Bréfritari: Jóhannes Halldórsson
Dagsetning: A-1876-01-26
Skrifað á: Vesturheimi

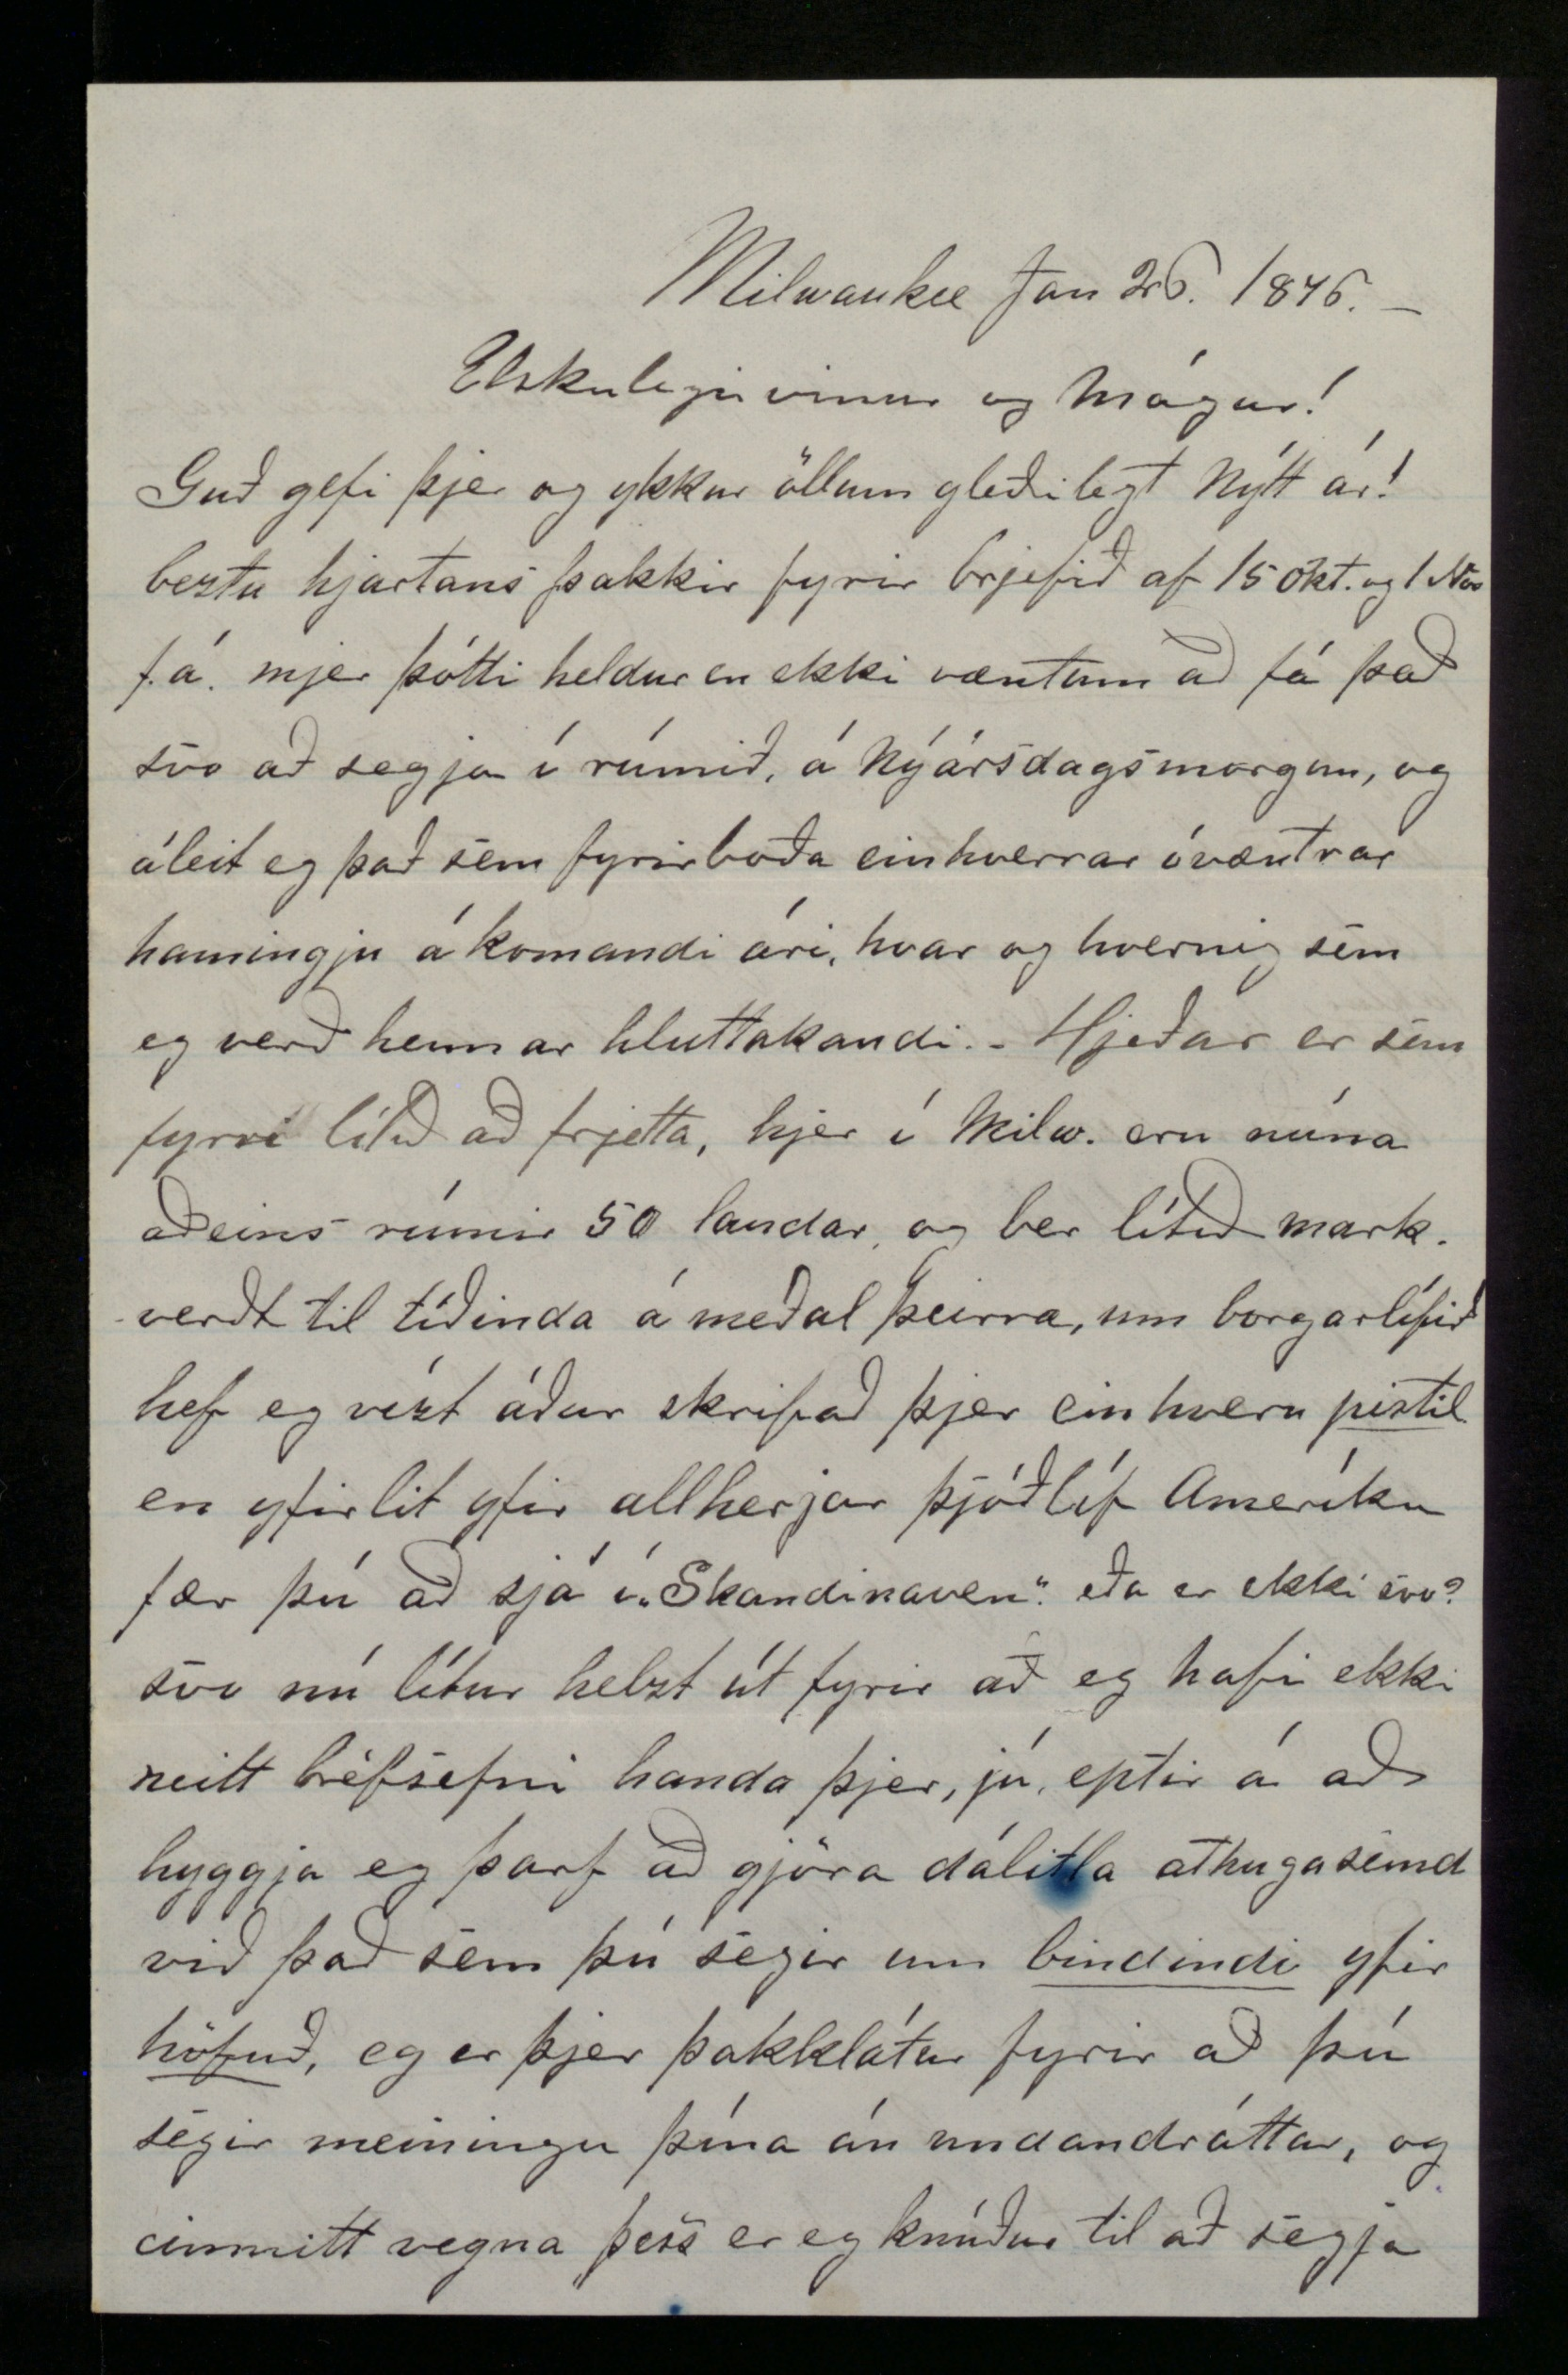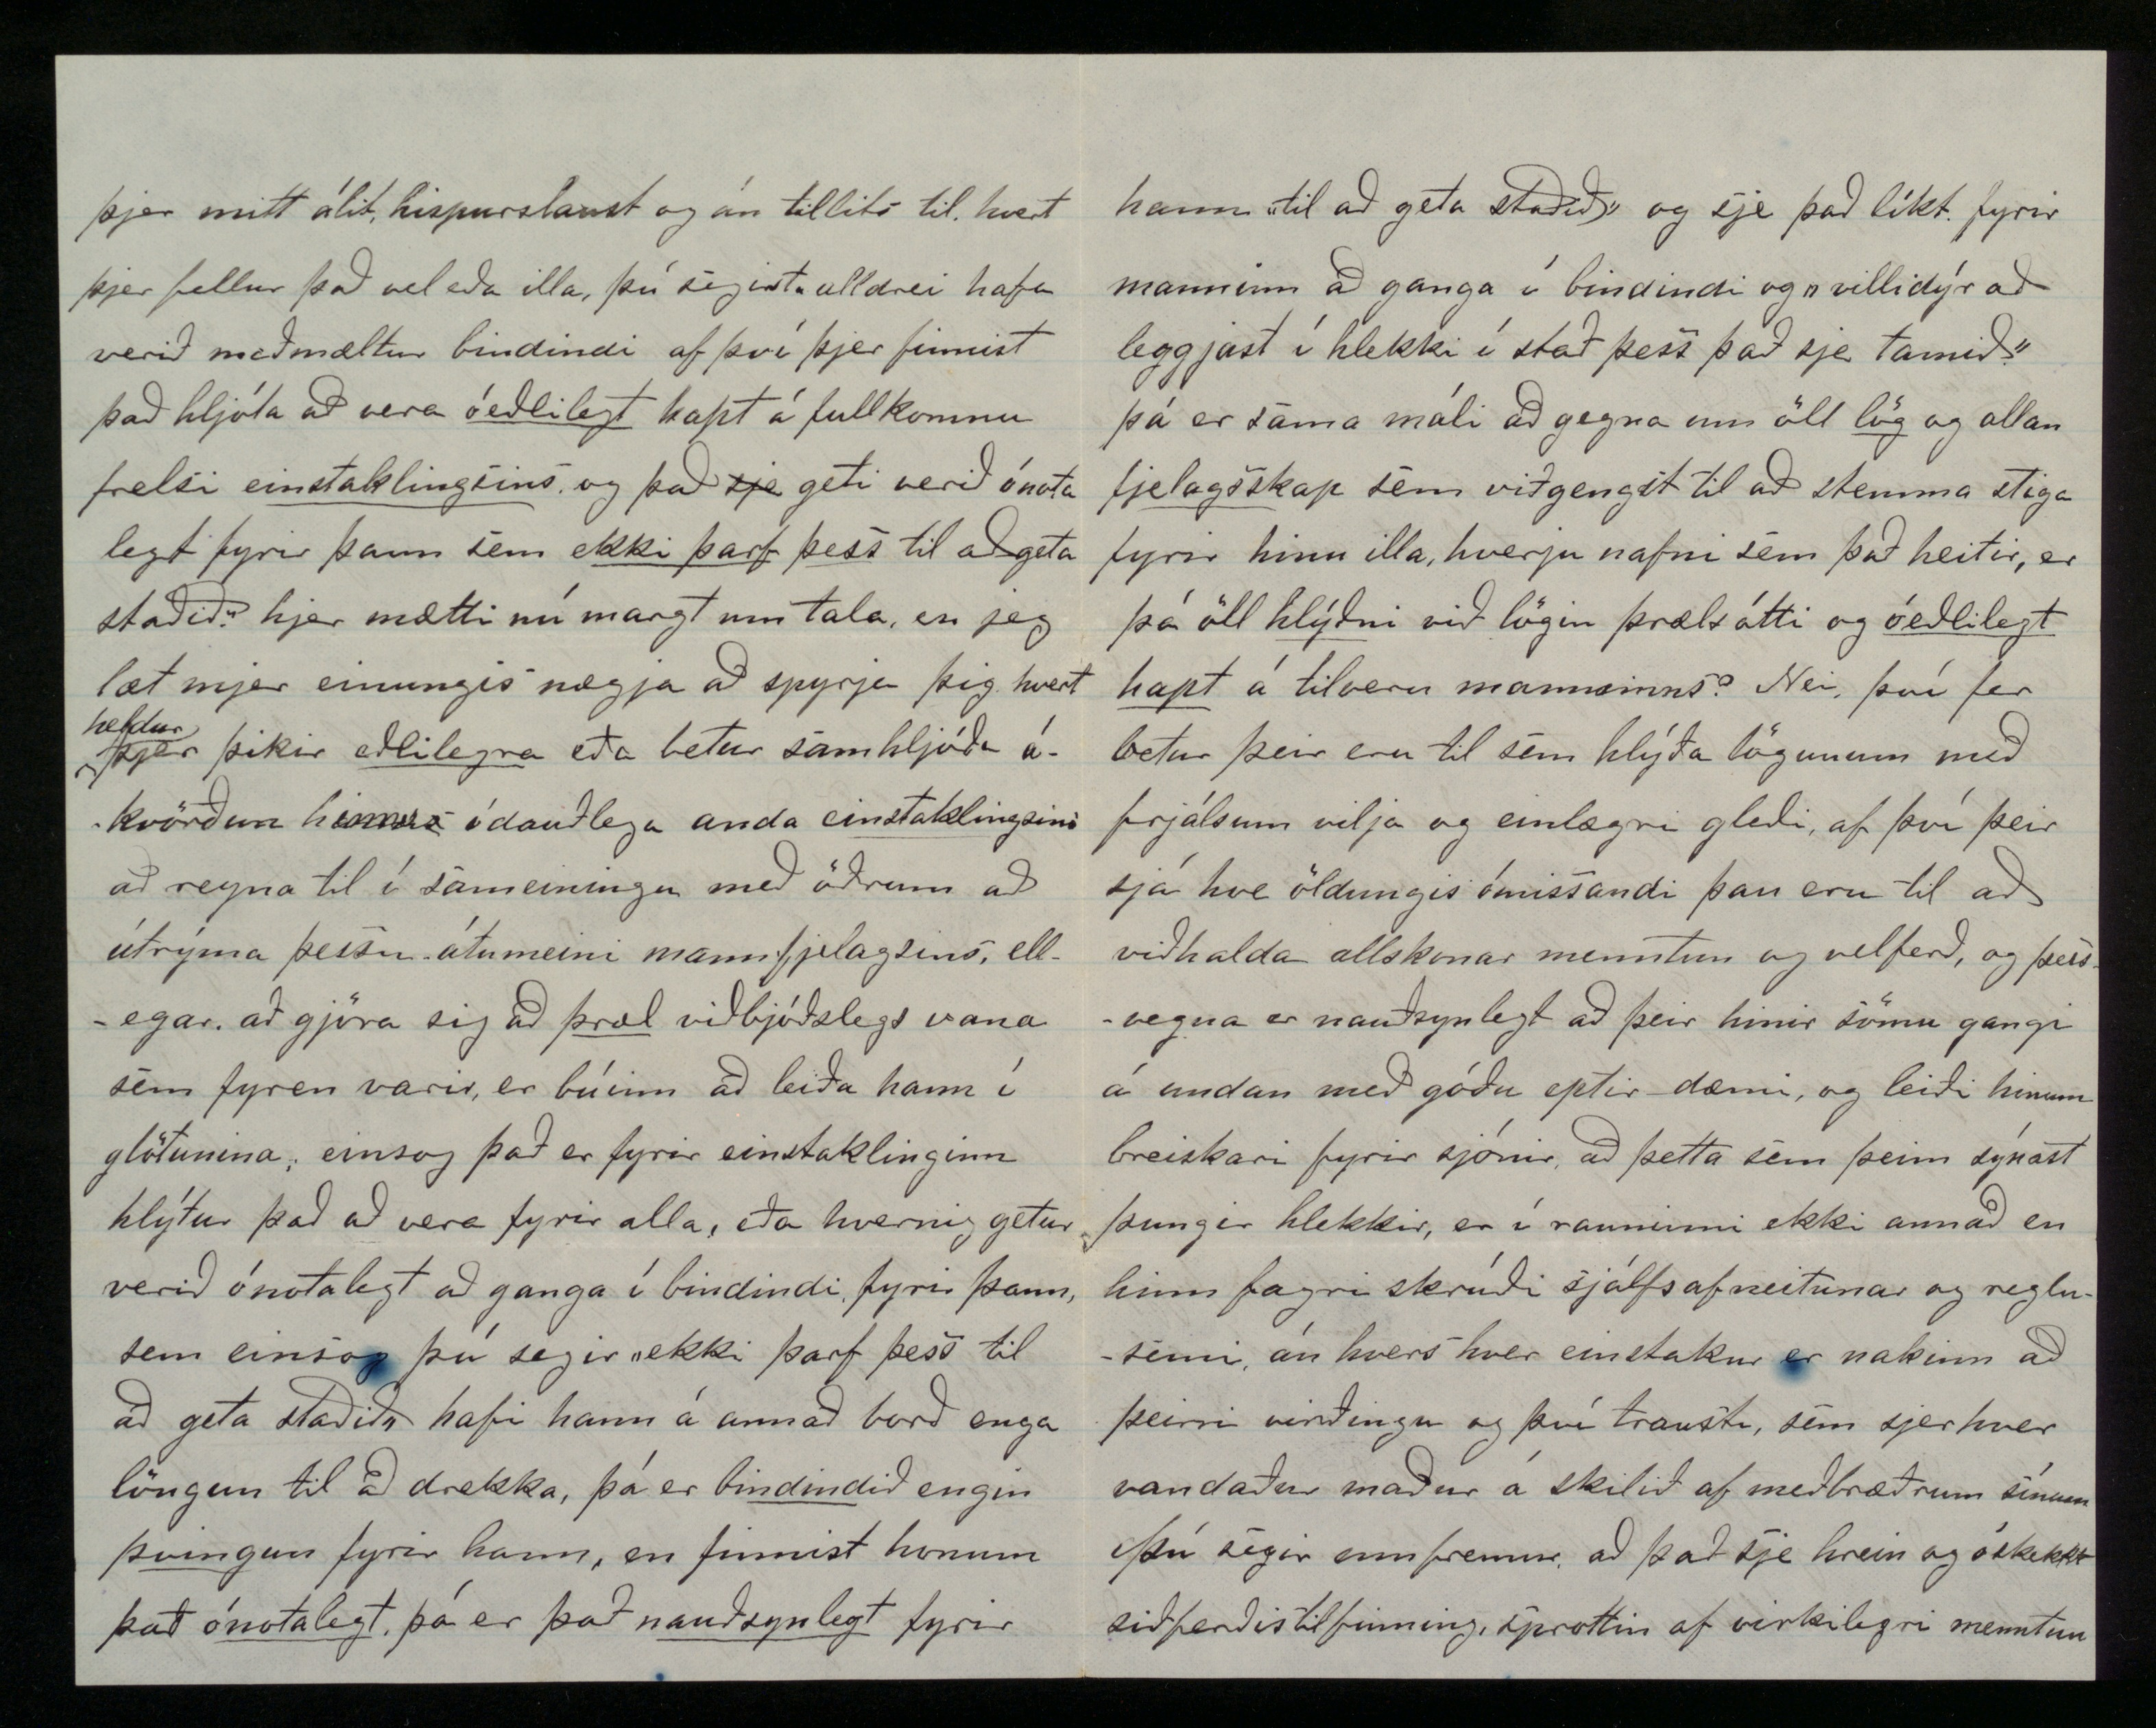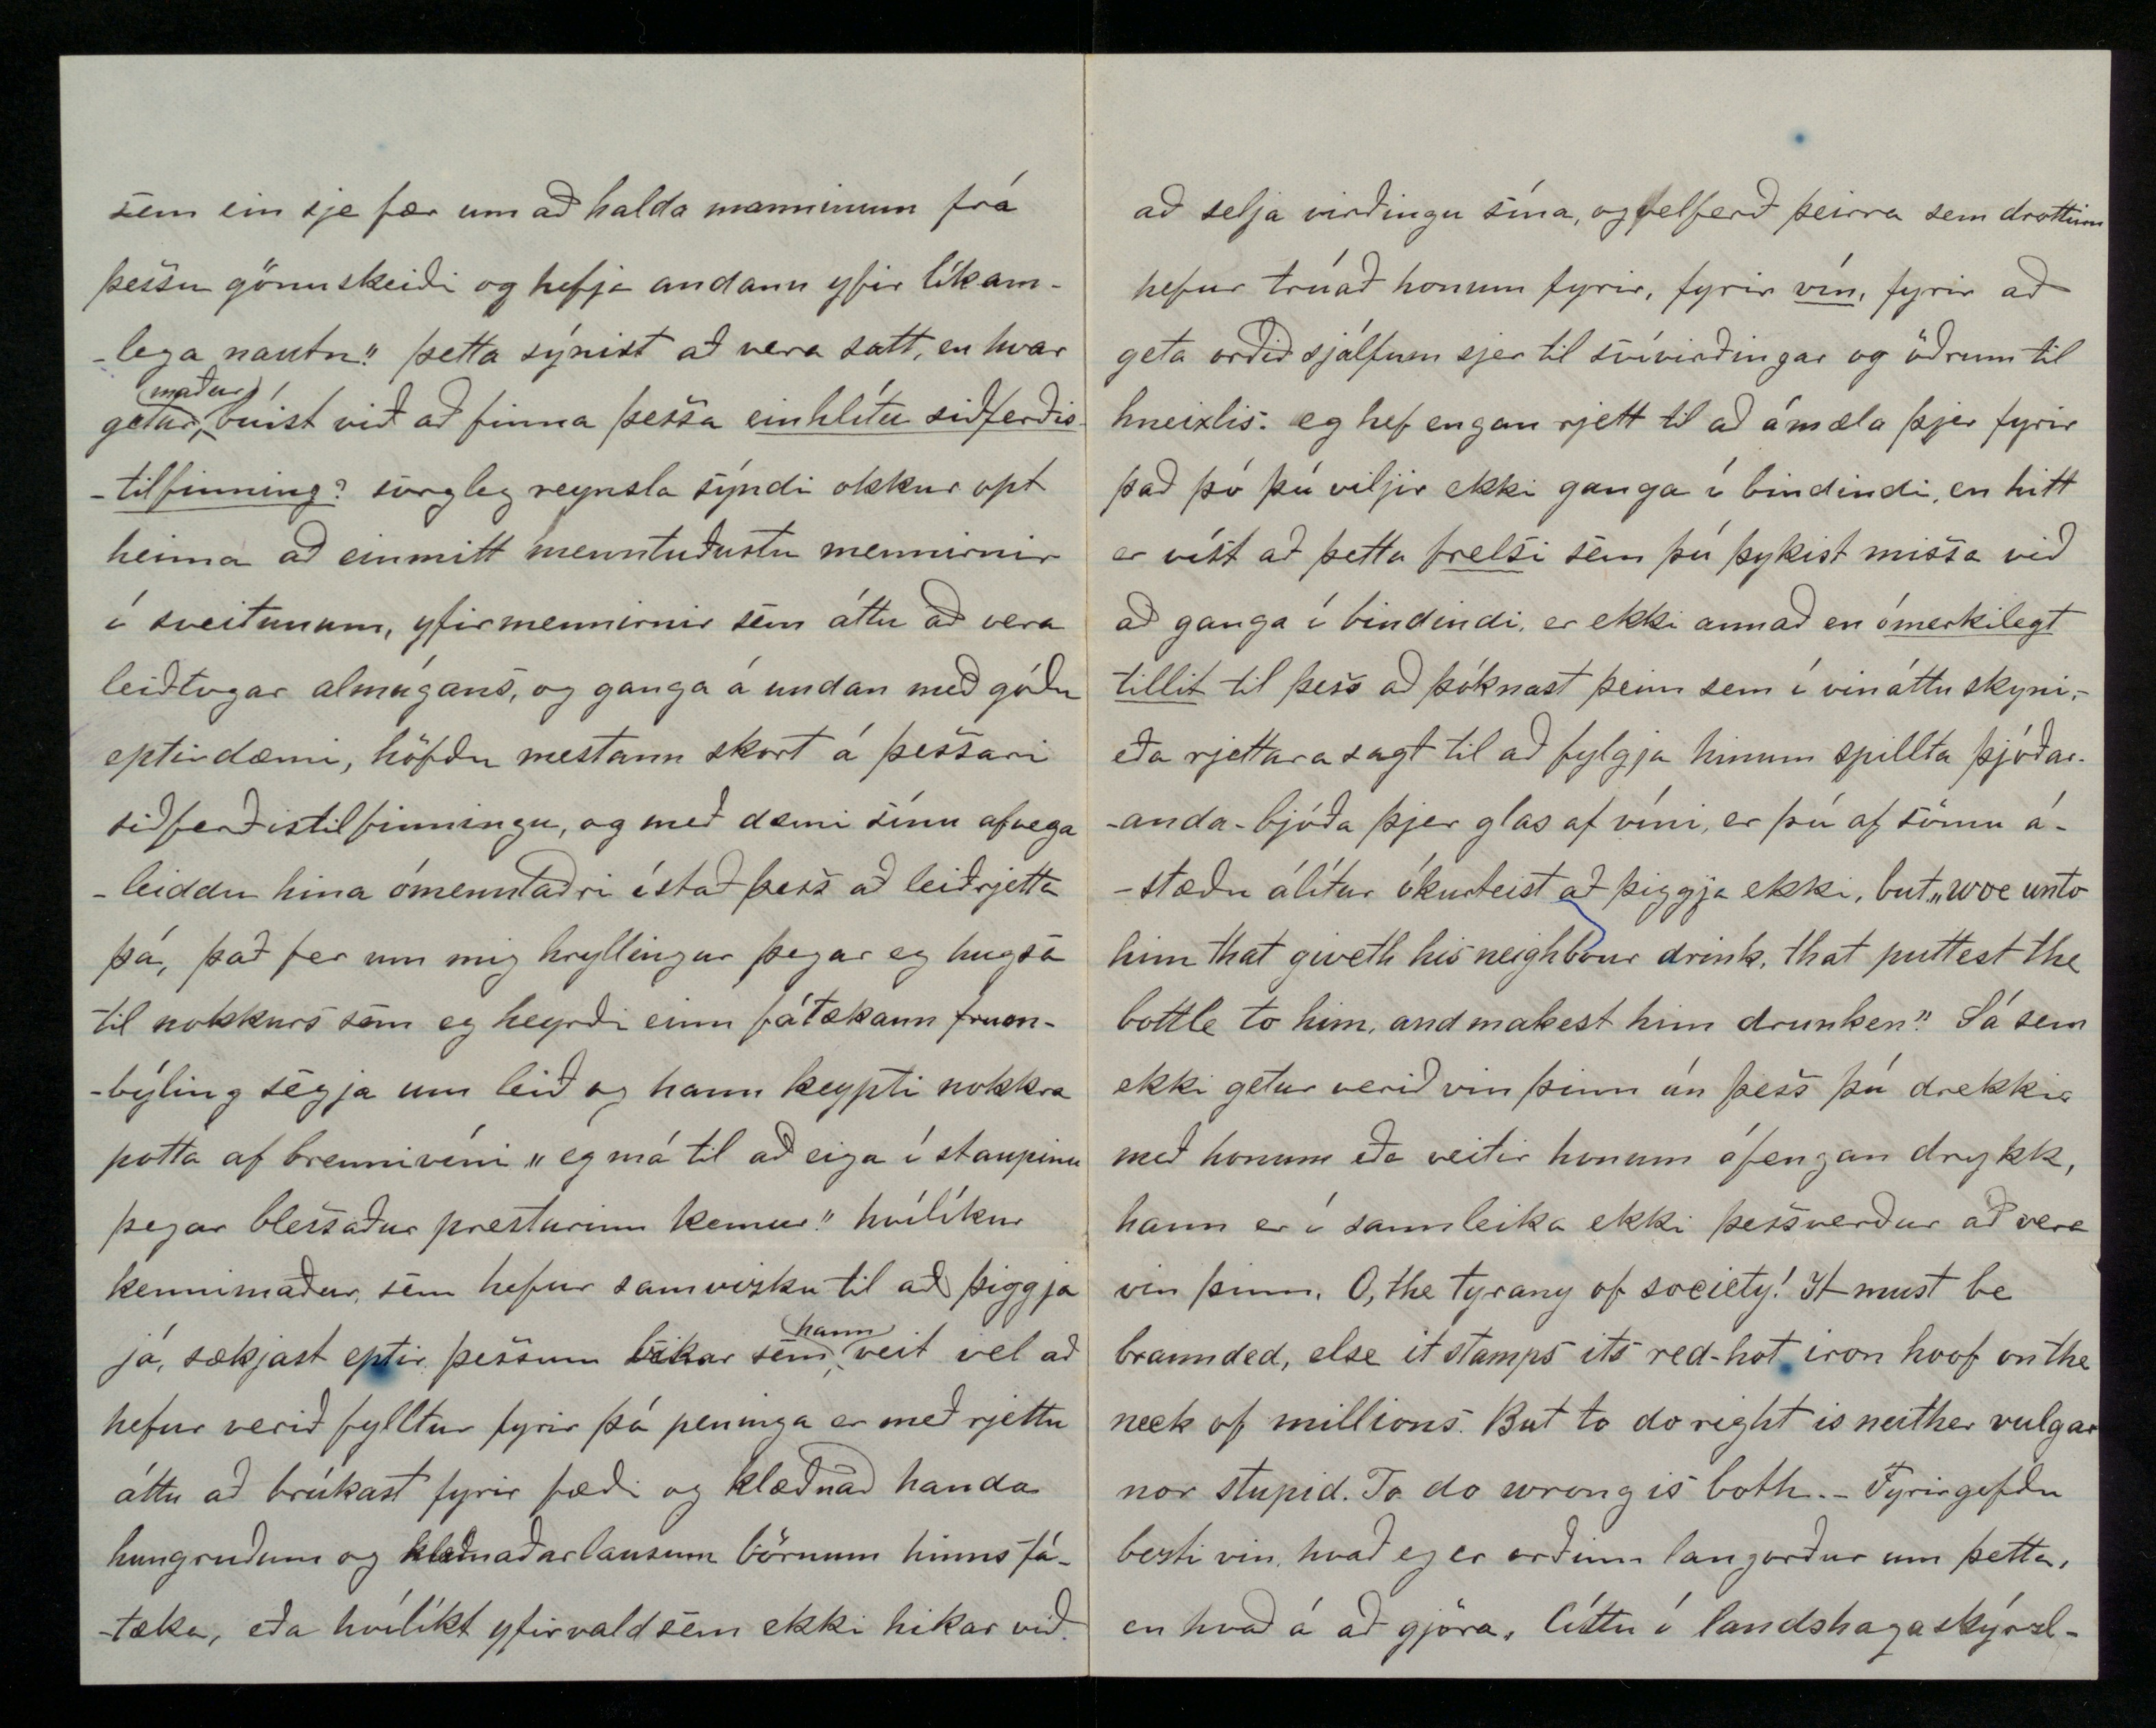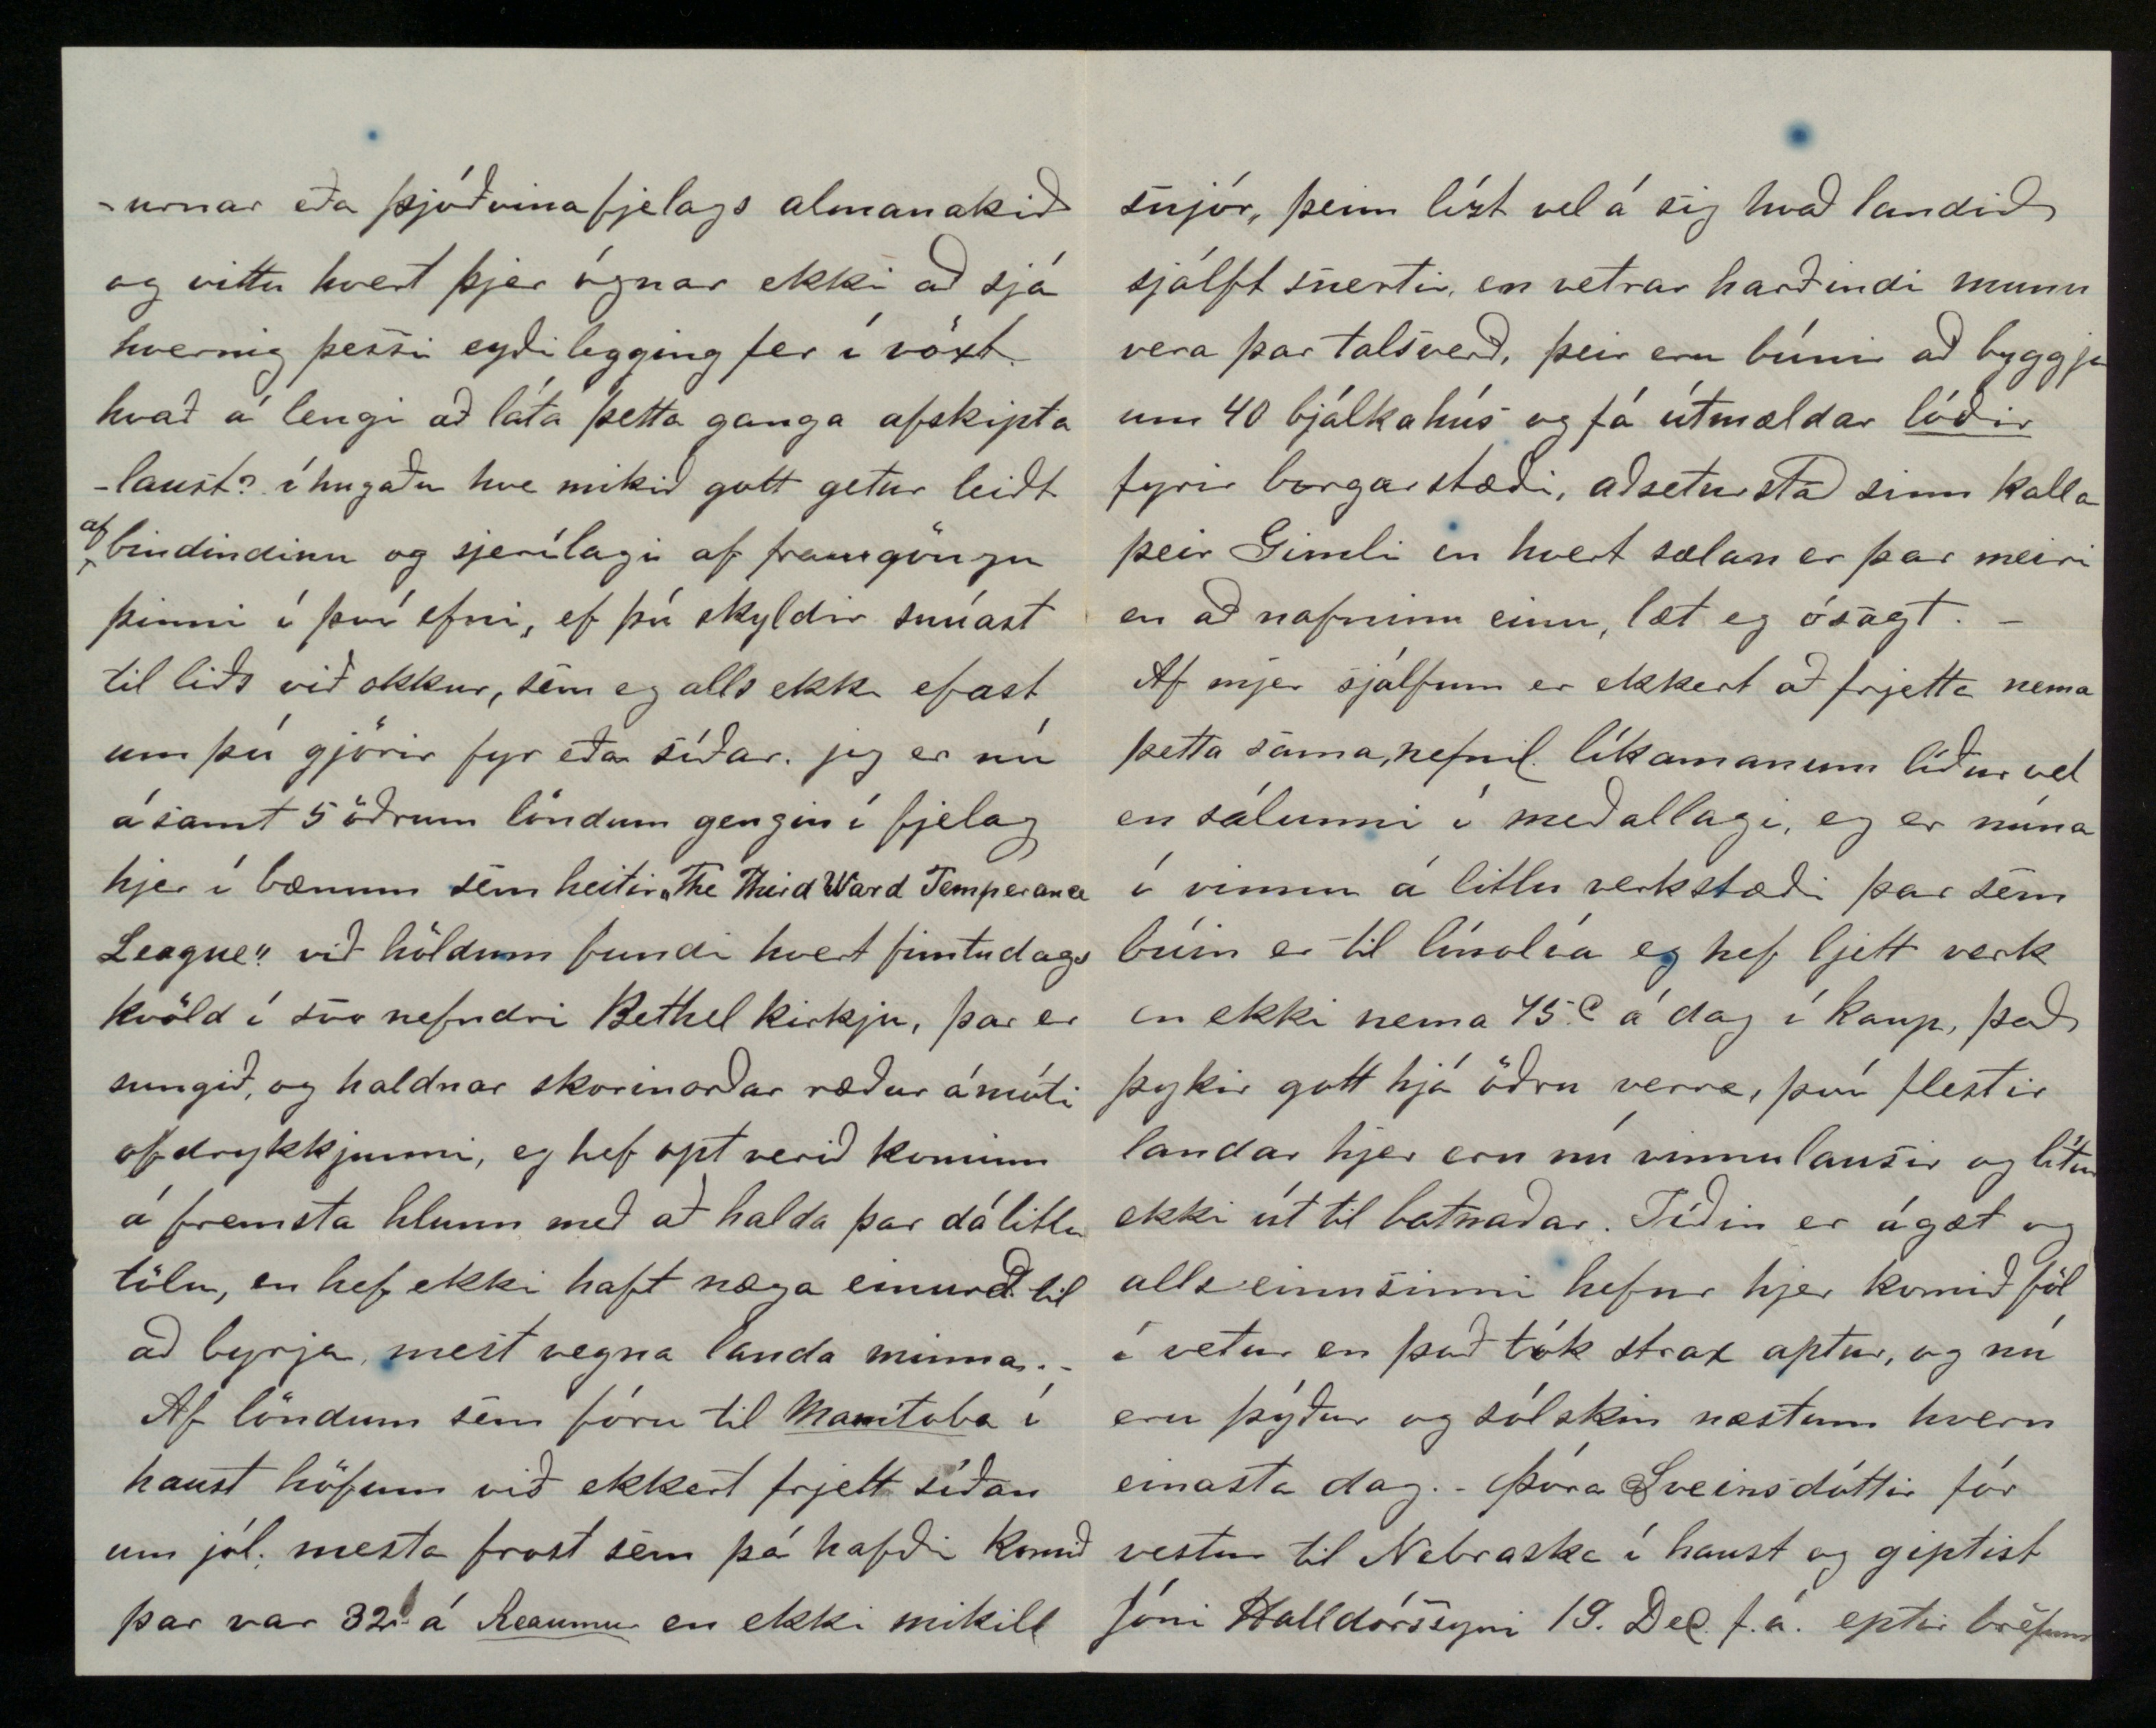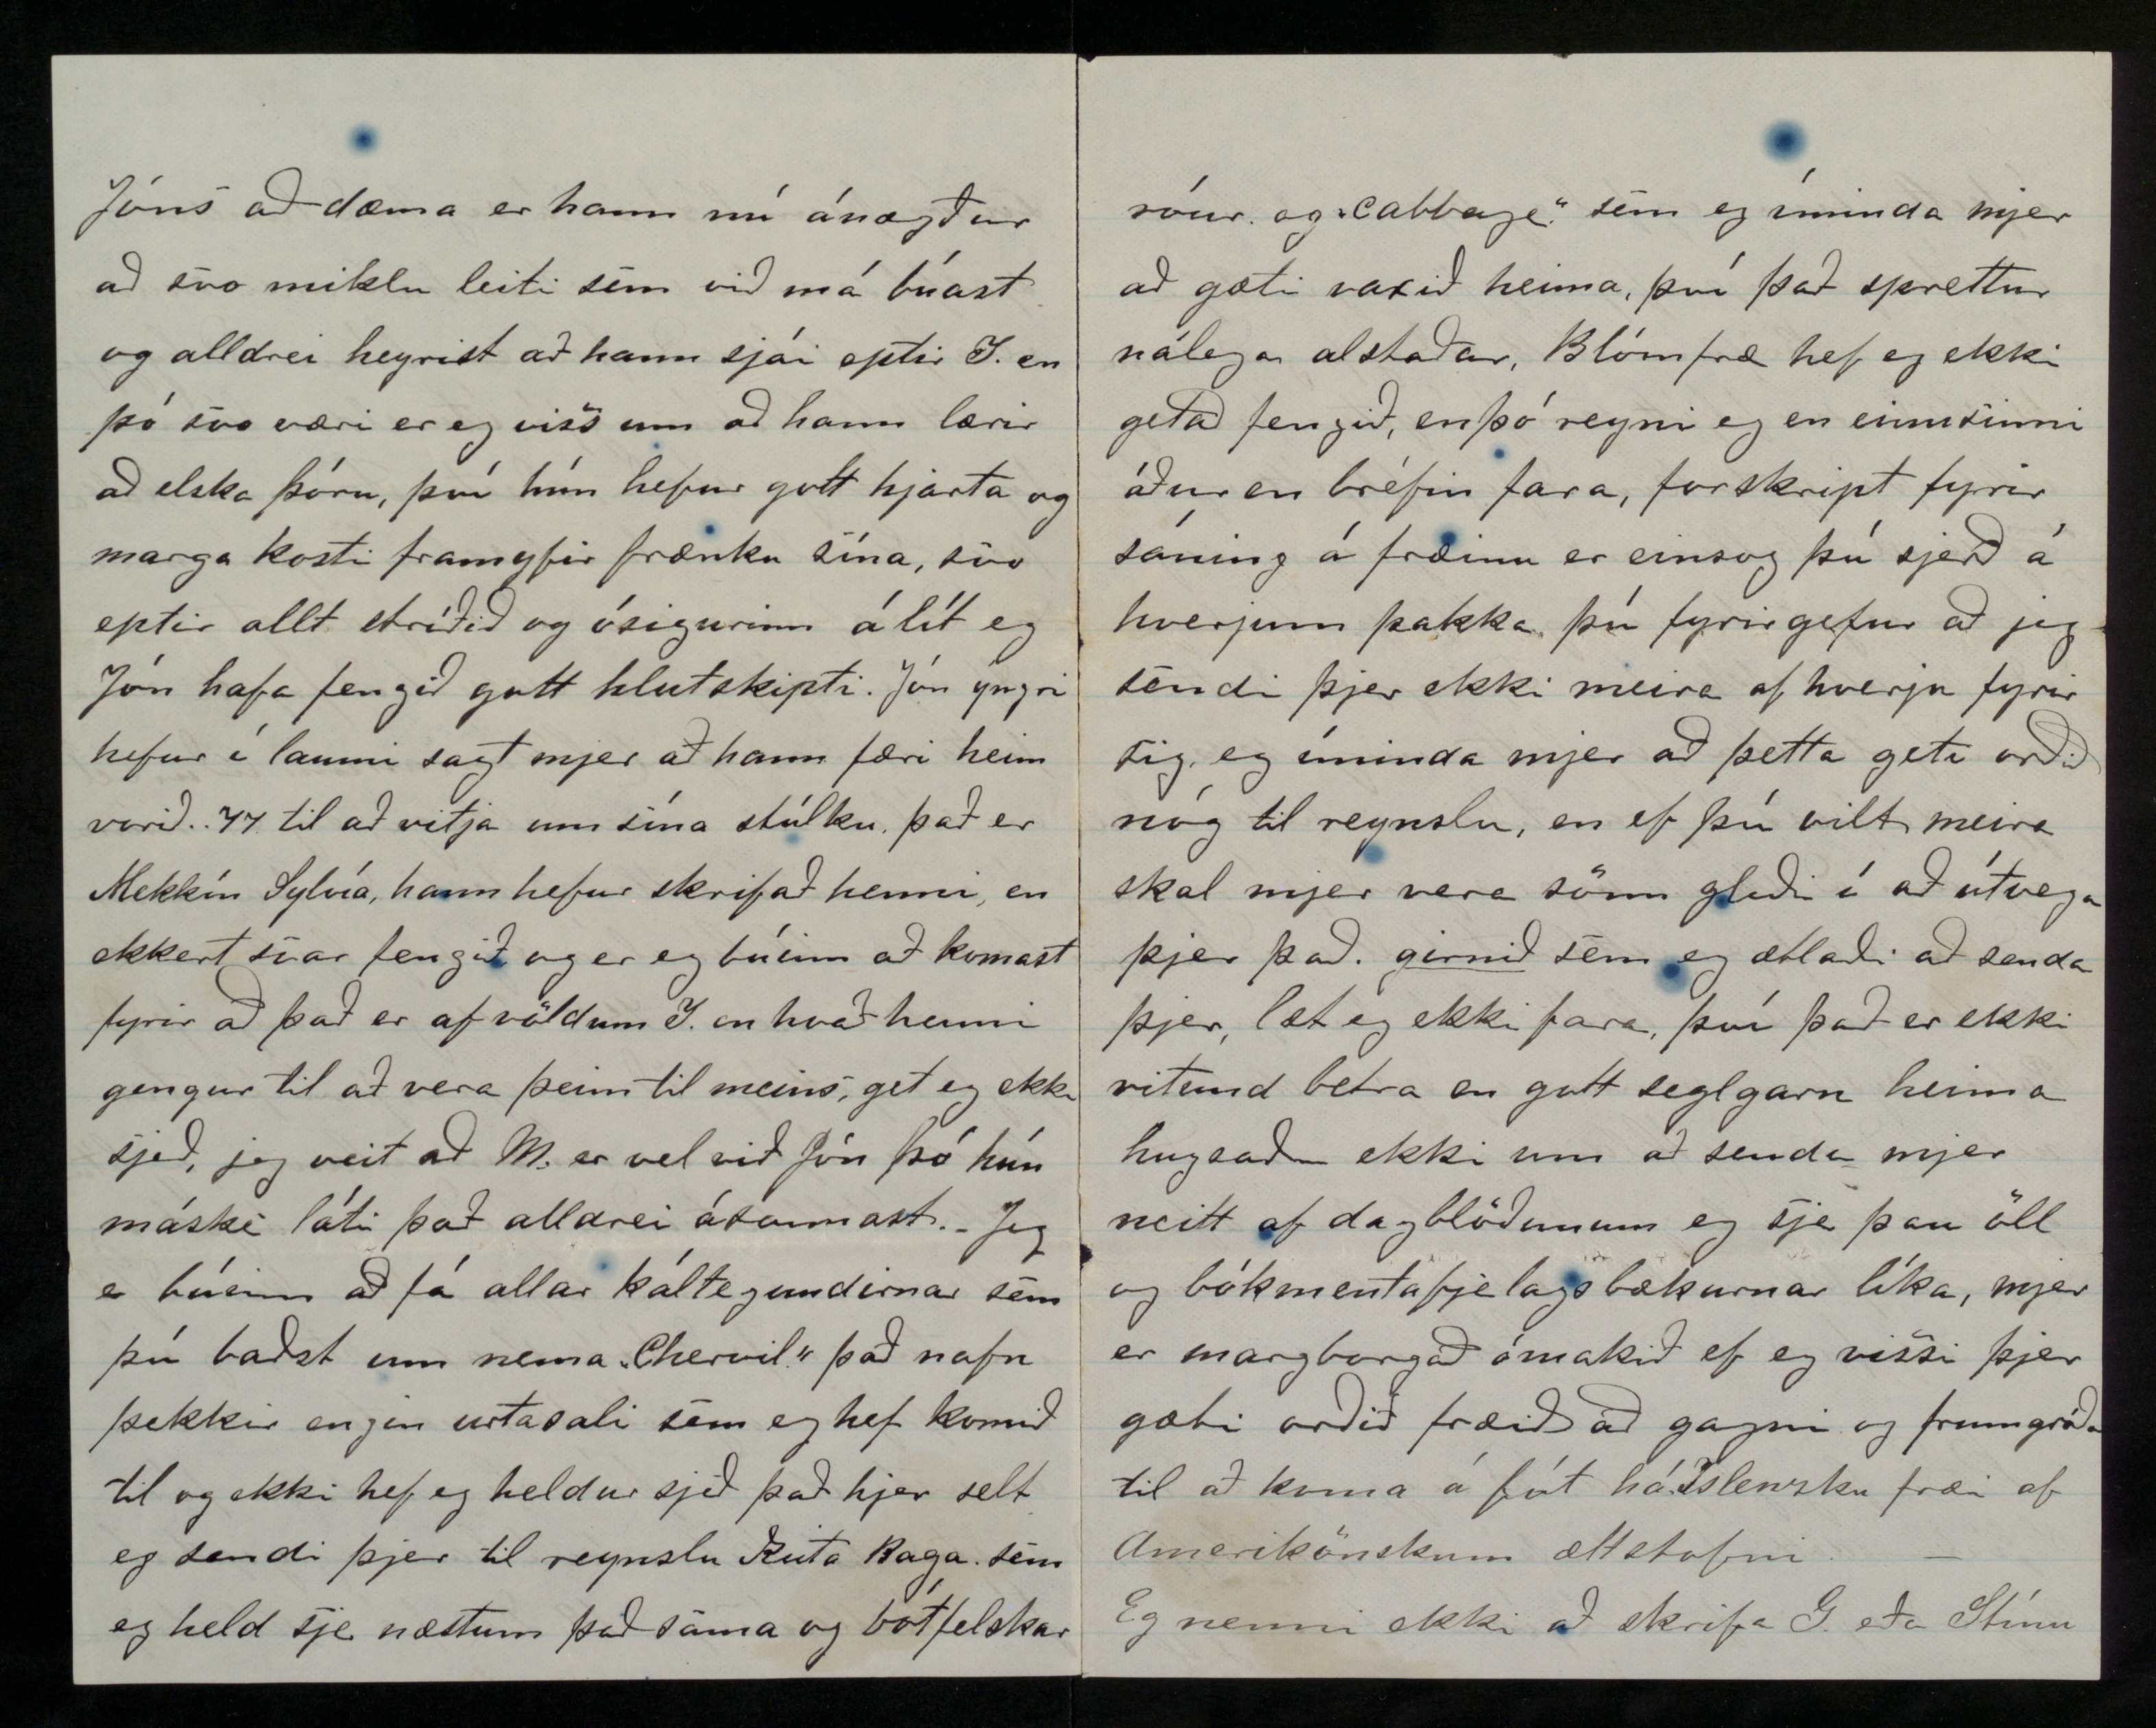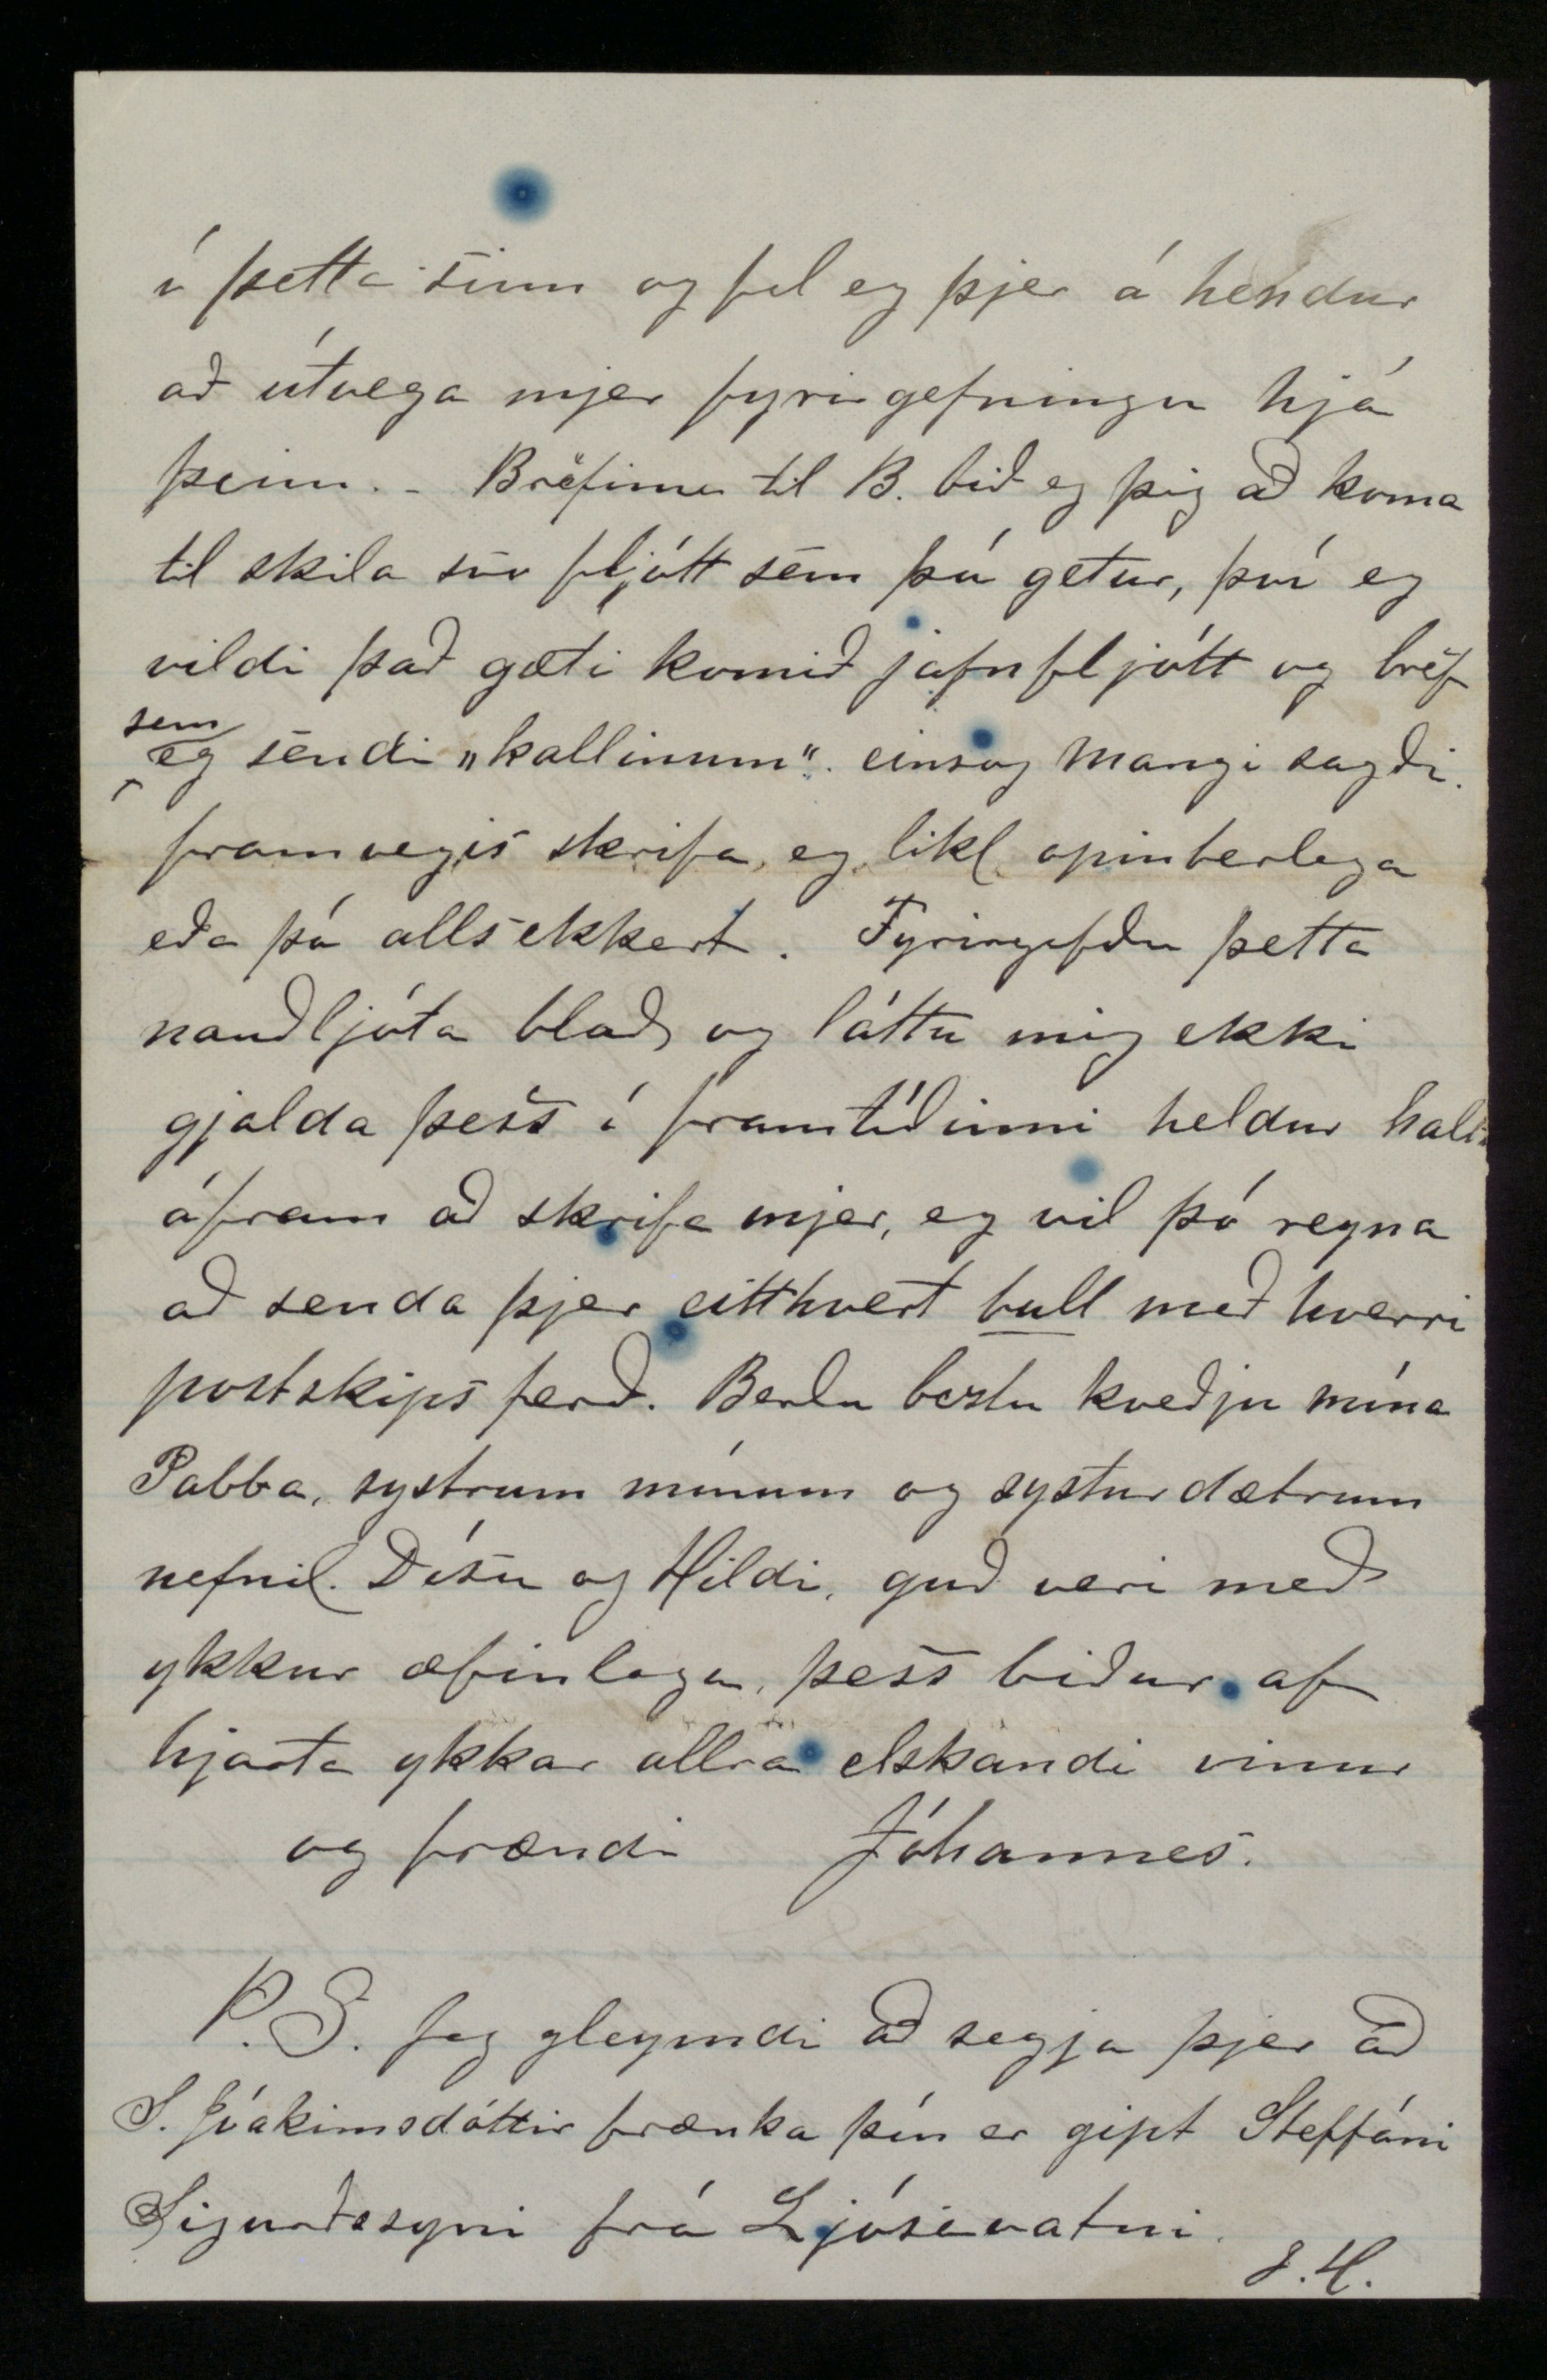

Milwaukee Jan 26. 1876
Elskulegi vinur og mágur!
Guð gefi þjer og ykkur öllum gleðilegt nýtt ár!
beztu hjartans þakkir fyrir brjefið af 15 okt. og 1 Nov f.á. mjer þótti heldur en ekki væntum að fá það svo að segja í rúmið, á nýársdagsmorgun, og áleit eg það sem fyrirboða einhverrar óvæntrar hamingju á komandi ári, hvar og hvernig sem eg verð hennar hluttakandi. Hjeðan er sem fyrri lítið að frjetta, hjer í Milw. eru núna aðeins rúmir 50 landar og ber lítið markverdt til tíðinda á meðal þeirra, um borgarlífið hef eg vízt áður skrifað þjer einhvern
pistil
en yfirlit yfir allherjar þjóðlíf Ameríku fær þú að sjá í „Skandinaven" eða er ekki svo? Svo nú lítur helzt út fyrir að eg hafi ekki neitt brjefsefni handa þjer, jú, eptir á að hyggja eg þarf að gjöra dálitla athugasemd við það sem þú segir um
bindindi
yfir
höfuð
, eg er þjer þakklátur fyrir að þú segir meiningu þína án undandráttar, og einmitt vegna þess er eg knúður til að segja
þjer mitt álit hispurslaust og án tillits til hvert þjer fellur það vel eða illa þú segist aldrei hafa verið meðmæltur bindindi af því þjer finnist það hljóta að vera
óeðlilegt
hapt á fullkomnu frelsi
einstaklingsins
og það geti verið ónotalegt fyrir þann sem
ekki þarf þess
til að geta staðið hjer mætti nú margt um tala, en jeg læt mjer einungis nægja að spyrja þig hvert
heldur
þjer þikir
eðlilegra
eða betur samhljóða ákvörðun
hinns
ódauðlega anda
einstaklingsins
að reyna til í sameiningu með öðrum að útrýma þessu átumeini mannfjelagsins ellegar að gjöra sig að
þræl
viðbjóðslegs vana sem fyren varir er búinn að leiða hann í glötunina, einsog það er fyrir einstaklinginn hlýtur það að vera fyrir alla, eða hvernig getur verið ónotalegt að ganga í bindindi fyrir þann sem einsog þú segir „ekki þarf þess til að geta staðið" hafi hann á annað borð enga löngun til að drekka, þá er
bindindi
engin
þvingun
fyrir hann, en finnist honum það
ónotalegt
þá er það
nauðsynlegt
fyrir
hann til að geta staðið og sje það líkt fyrir manninn að ganga í bindindi og „villidýr að leggjast í hlekki í stað þess það sje tamið" þá er sama máli að gegna um öll
lög
og allan
fjelagsskap
sem viðgengst til að stemma stigu fyrir hinu illa, hverju nafni sem það heitir, er þá öll
hlýðni
við lögin þræls ótti og
óeðlilegt hapt
á tilveru mannsinns? Nei, því fer betur þeir eru til sem hlýða lögunum með frjálsum vilja og einlægri gleði, af því þeir sjá hve öldungis ómissandi þau eru til að viðhalda allskonar menntun og velferð, og þessvegna er nauðsynlegt að þeir hinir sömu gangi á undan með góðu eptir dæmi og leiði hinum breiskari fyrir sjónir að þetta sem þeim sýnast þungir hlekkir, er í rauninni ekki annað en hinn fagri skrúði sjálfsafneitunar og reglusemi án hvers hver einstakur er nakinn að þeirri virðingu og því trausti, sem sjerhver vandaður maður á skilið af meðbræðrum sínum þú segir ennfremur að það sje hrein og óskekkt siðferðistilfinning, sprottin af virkilegri menntun
sem ein sje fær um að halda manninum frá þessu gönuskeiði og hefja andann yfir líkamlega nautn! þetta sýnist að vera satt, en hvar getur
maður
búist við að finna þessa
einhlítu siðferðistilfinning?
sorgleg reynsla sýndi okkur opt heima að einmitt menntuðustu mennirnir í sveitunum, yfirmennirnir sem áttu að vera leiðtogar almúgans, og ganga á undan með góðu eptirdæmi, höfðu mestann skort á þessari siðferðistilfinningu, og með dæmi sínu afvegaleiddu hina ómenntaðri ístað þess að leiðrjetta þá, það fer um mig hryllingur þegar eg hugsa til nokkurs sem eg heyrði einn fátækann frumbýling segja um leið og hann keypti nokkra potta af brennivíni „eg má til að eiga í staupinu þegar blessaður presturinn kemur" hvílíkur kennimaður sem hefur samvizku til að þiggja já, sækjast eptir þessum bikar sem
hann
veit vel að hefur verið fylltur fyrir þá peninga er með rjettu áttu að brúkast fyrir fæði og klæðnað handa hungruðum og klæðnaðarlausum börnum hins fátæka, eða hvílíkt yfirvald sem ekki hikar við
að selja virðingu sína og velferð þeirra sem drottinn hefur trúað honum fyrir, fyrir
vín
, fyrir að geta orðið sjálfum sjer til svívirðingar og öðrum til hneixlis. eg hef engan rjett til að ámæla þjer fyrir það þó þú viljir ekki ganga í bindindi en hitt er víst að þetta
frelsi
sem þú þykist missa við að ganga í bindindi er ekki annað en
ómerkilegt tillit
til þess að þóknast þeim sem í vináttuskuni - eða rjettara sagt til að fylgja hinum spillta þjóðaranda - bjóða þjer glas af víni, er þú af sömu ástæðu álítur ókurteist að þiggja ekki, but „woe unto him that giveth his neigbour drink, that puttest the bottle to him and makest him drunken." Sá sem ekki getur verið vin þinn án þess þú drekkir með honum eða veitir honum áfengan drykk hann er í sannleika ekki þessverður að vera vin þinn. O, the tyrany of society! It must be branded, else it stamps its red-hot iron hoof on the neck of millions. But to do right is neither vulgar nor stupid. To do wrong is both. Fyrirgefðu bezti vin, hvað eg er orðinn langorður um þetta, en hvað á að gjöra, líttu í landshagaskýrzl
urnar eða þjóðvinafjelags almanakið og vittu hvert þjer ógnar ekki að sjá hvernig þessi eyðilegging fer í vöxt, hvað á lengi að láta þetta ganga afskiptalaust? íhugaðu hve mikið gott getur leidt
af
bindindinu og sjerílagi af framgöngu þinni í því efni, ef þú skyldir snúast til liðs við okkur, sem eg alls ekki efast um þú gjörir fyr eða síðar. jeg er nú ásamt 5 öðrum löndum gengin í fjelag hjer í bænum sem heitir „The Third Ward Temperance League" við höldum fundi hvert fimtudags kvöld í svo nefndri Bethel kirkju, þar er sungið og haldnar skorinorðar ræður ámóti ofdrykkjunni, eg hef opt verið kominn á fremsta hlunn með að halda þar dálitla tölu, en hef ekki haft næga einurð til að byrja mest vegna landa minna.
Af löndum sem fóru til
Manitoba
í haust höfum við ekkert frjett síðan um jól, mesta frost sem þá hafði komið þar var 32 á
Reaumur
en ekki mikill
snjór, þeim lízt vel á sig hvað landið sjálft snertir en vetrar harðindi munu vera þar talsverð, þeir eru búnir að byggja um 40 bjálkahús og fá útmældar
lóðir
fyrir borgarstæði, aðseturstað sinn kalla þeir Gimli en hvert sælan er þar meiri en að nafninu einu, læt eg ósagt.
Af mjer sjálfum er ekkert að frjetta nema þetta sama, nefnil. líkamanum líður vel en sálunni í meðallagi, eg er núna í vinnu á litlu verkstæði þar sem búin er til línolía eg hef ljett verk en ekki nema 45 C á dag í kaup, það þykir gott hjá öðru verra, því flestir landar hjer eru nú vinnulausir og lítur ekki út til batnaðar. Tíðin er ágæt og alls einusinni hefur hjer komið föl í vetur en það tók strax aptur, og nú eru þýður og sólskin næstum hvern einasta dag. Þóra Sveinsdóttir fór vestur til Nebraska í haust og giptist Jóni Halldórssyni 19. Dec. f.á. eptir bréfum
Jóns að dæma er hann nú ánægður að svo miklu leiti sem við má búast og alldrei heyrist að hann sjái eptir I. en þó svo væri er eg viss um að hann lærir að elska Þóru, því hún hefur gott hjarta og marga kosti framyfir frænku sína, svo eptir allt stríðið og ósigurinn álít eg Jón hafa fengið gott hlutskipti. Jón yngri hefur í laumi sagt mjer að hann færi heim vorið 77 til að vitja um sína stúlku, það er Mekkín Sylvía, hann hefur skrifað henni, en ekkert svar fengið og er eg búinn að komast fyrir að það er af völdum I. en hvað henni gengur til að vera þeim til meins get eg ekki sjeð, jeg veit að M. er vel við Jón þó hún máské láti það alldrei ásannast. Jeg er búinn að fá allar káltegundirnar sem þú baðst um nema „Chervil" það nafn þekkir engin urtasali sem eg hef komið til og ekki hef eg heldur sjeð það hjer selt eg sendi þjer til reynslu
Ruta Baga.
sem eg held sje næstum það sama og bótfelskar
róur og „cabbage" sem eg íminda mjer að gæti vaxið heima, því það sprettur nálega alstaðar, Blómfræ hef eg ekki getað fengið, en þó reyni eg en einusinni áður en bréfin fara, forskript fyrir sáning á fræinu er einsog þú sjerð á hverjum pakka þú fyrirgefur að jeg sendi þjer ekki meira af hverju fyrir sig eg íminda mjer að þetta geti orðið nóg til reynslu, en ef þú vilt meira skal mjer vera sönn gleði í að útvega þjer það.
girnið
sem eg ætlaði að senda þjer, læt eg ekki fara því það er ekki vitund betra en gott seglgarn heima hugsaðu ekki um að senda mjer neitt af dagblöðunum eg sje þau öll og bókmentafjelagsbækurnar líka, mjer er margborgað ómakið ef eg vissi þjer gæti orðið fræið að gagni og frumgróða til að koma á fót háÍslenzku fræi af Ameríkönskum ættstofni -
Eg nenni ekki að skrifa G. eða Stínu
í þetta sinn og fel eg þjer á hendur að útvega mjer fyrirgefningu hjá þeim. Bréfinu til B. bið eg þig að koma til skila svo fljótt sem þú getur, því eg vildi það gæti komið jafnfljótt og bréf
sem
eg sendi „kallinum" einsog Mangi sagði.
framvegis skrifa eg líkl opinberlega eða þá alls ekkert. Fyrirgefðu þetta nauðljóta blað og láttu mig ekki gjalda þess í framtíðinni heldur haltu áfram að skrifa mjer, eg vil þó reyna að senda þjer eitthvert
bull
með hverri postskipsferð. Berðu beztu kveðju mína Pabba, systrum mínum og systurdætrum nefnil. Dísu og Hildi, guð veri með ykkur æfinlega, þess biður af hjarta ykkar allra elskandi vinur og frændi Jóhannes
P.S. Jeg gleymdi að segja þjer að S. Jóakimsdóttir frænka þín er gipt Steffáni Sigurðssyni frá Ljósavatni.
J.H.